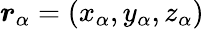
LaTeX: \boldsymbol{r}_{\alpha}=(x_{\alpha},y_{\alpha},z_{\alpha})